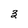
Character: 3